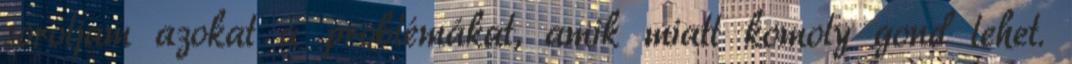
soroljam azokat a problémákat, amik miatt komoly gond lehet.